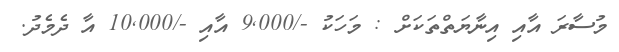
މުސާރަ އާއި އިނާޔަތްތަކަށް : މަހަކު -/9